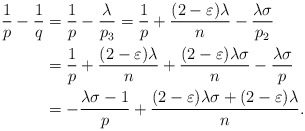
\begin{align*} \frac{1}{p}-\frac{1}{q}&=\frac{1}{p}-\frac{\lambda}{p_3}=\frac{1}{p}+\frac{(2-\varepsilon)\lambda}{n}-\frac{\lambda\sigma}{p_2}\\ &=\frac{1}{p}+\frac{(2-\varepsilon)\lambda}{n}+\frac{(2-\varepsilon)\lambda\sigma}{n}-\frac{\lambda\sigma}{p}\\ &=-\frac{\lambda\sigma-1}{p}+\frac{(2-\varepsilon)\lambda\sigma+(2-\varepsilon)\lambda}{n}. \end{align*}